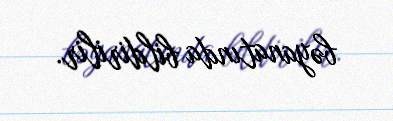
bəyanatında bildirilir.